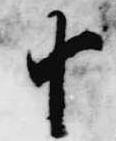
十